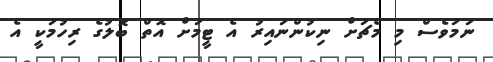
ނަމަވެސް މި މެޗަށް ނިކުންނައިރު އެ ޓީމަށް އޮތް ބޮލުގެ ރިހުމަކީ އެ